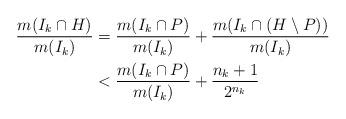
LaTeX: \begin{align*} \frac{m(I_k \cap H)}{m(I_k)} & = \frac{m(I_k \cap P)}{m(I_k)}+\frac{m(I_k \cap (H \setminus P))}{m(I_k)}\\ & < \frac{m(I_k \cap P)}{m(I_k)}+\frac{n_k+1}{2^{n_k}}\end{align*}